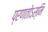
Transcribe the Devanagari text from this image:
प्रणतोऽस्मि